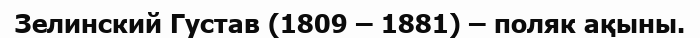
Зелинский Густав (1809 – 1881) – поляк ақыны.